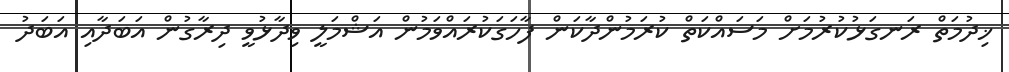
ޚިދުމަތް ރަނގަޅުކުރުމަށް މަސައްކަތް ކުރަމުންދާކަން ފާހަގަކުރައްވަމުން އަޝްމަލީ ވިދާޅުވީ ދިރާގުން އަބަދާއި އަބަދު